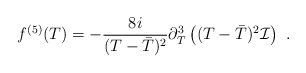
\begin{align*}f^{(5)}(T) = -\frac{8i}{(T- \bar{T})^{2}} \partial_{T}^{3} \left( (T-\bar{T})^{2} {\cal I} \right)\ .\end{align*}